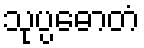
သုပ္ပဓောတံ